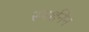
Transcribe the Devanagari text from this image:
स्पर्शनेन